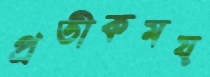
প্রতীকময়